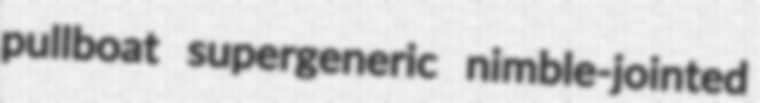
pullboat supergeneric nimble-jointed